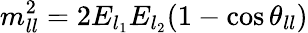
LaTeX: m_{ll}^{2}=2E_{l_{1}}E_{l_{2}}(1-\cos\theta_{ll})